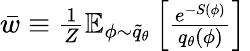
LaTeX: \begin{array}{r}{\bar{w}\equiv\frac{1}{Z}\mathbb{E}_{\phi\sim\widetilde{q}_{\theta}}\left[\frac{e^{-S(\phi)}}{{q}_{\theta}(\phi)}\right]\, }\end{array}